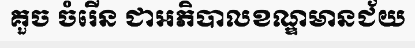
គួច ចំរើន ជាអភិបាលខណ្ឌមានជ័យ